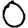
Digit: 0